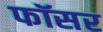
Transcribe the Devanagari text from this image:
फॉसर